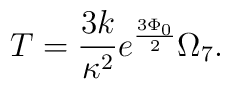
T = \frac{3k}{\kappa^2} e^{\frac{3\Phi_0}{2}}\Omega_7 .